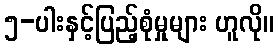
၅-ပါးနှင့်ပြည့်စုံမှုများ ဟူလို။